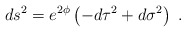
\begin{align*}ds^{2} = e^{2\phi} \left(-d\tau^{2} + d\sigma^{2}\right)\ .\end{align*}